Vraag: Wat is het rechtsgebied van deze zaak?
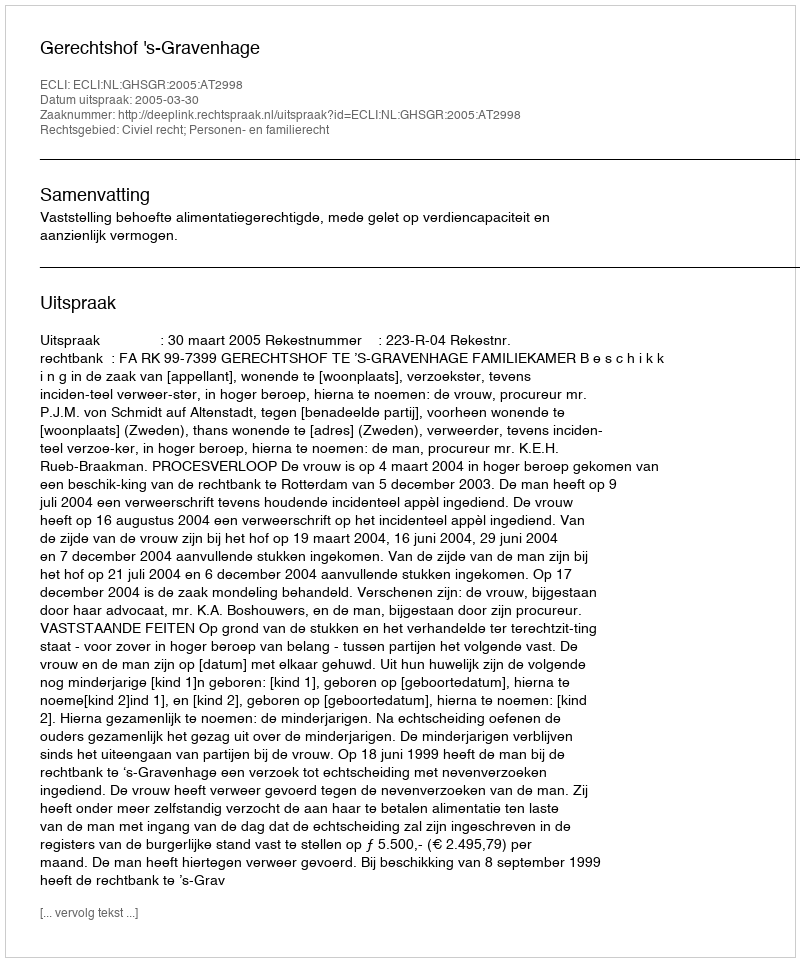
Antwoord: Civiel recht; Personen- en familierecht